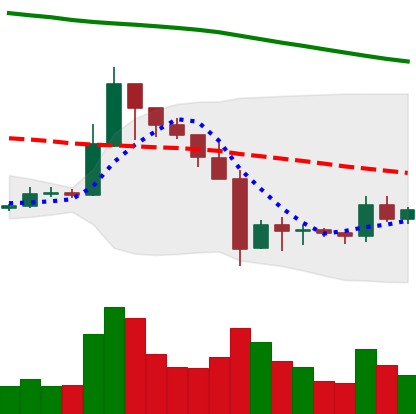
Ticker: XRP-USD
Chart end date: 2019-10-02
Forward return: 8.735%
Label: up_7plus